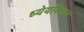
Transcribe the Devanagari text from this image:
ध्येयविधान